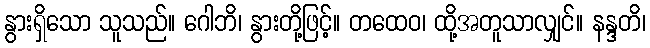
နွားရှိသော သူသည်။ ဂေါဘိ၊ နွားတို့ဖြင့်။ တထေဝ၊ ထို့အတူသာလျှင်။ နန္ဒတိ၊